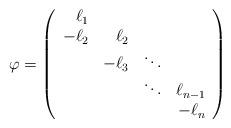
LaTeX: \begin{align*}\varphi=\left(\begin{array}{rrrr}\ell_1&&&\\-\ell_2&\ell_2&&\\&-\ell_3&\ddots&\\&&\ddots&\ell_{n-1}\\&&&-\ell_n\end{array}\right)\end{align*}